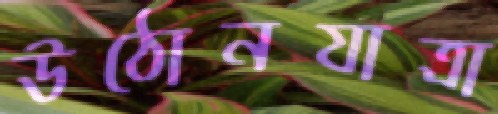
উঠোনযাত্রা